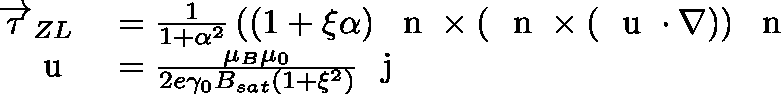
\begin{array} { r l } { \overrightarrow { \tau } _ { Z L } } & { { } = \frac { 1 } { 1 + \alpha ^ { 2 } } \left( \left( 1 + \xi \alpha \right) \mathrm { ~ \boldmath ~ n ~ } \times \left( \mathrm { ~ \boldmath ~ n ~ } \times \left( \mathrm { ~ \boldmath ~ u ~ } \cdot \nabla \right) \right) \mathrm { ~ \boldmath ~ n ~ } \right. } \\ { \mathrm { ~ \boldmath ~ u ~ } } & { { } = \frac { \mu _ { B } \mu _ { 0 } } { 2 e \gamma _ { 0 } B _ { s a t } \left( 1 + \xi ^ { 2 } \right) } \mathrm { ~ \boldmath ~ j ~ } } \end{array}